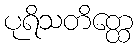
ပုရိသတိတ္ထေ